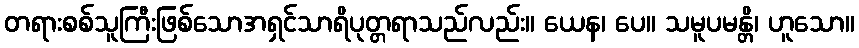
တရားစစ်သူကြီးဖြစ်သောအရှင်သာရိပုတ္တရာသည်လည်း။ ယေန၊ ပေ။ သမူပမန္တိ၊ ဟူသော။